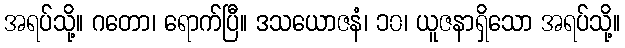
အရပ်သို့။ ဂတော၊ ရောက်ပြီ။ ဒသယောဇနံ၊ ၁၀၊ ယူဇနာရှိသော အရပ်သို့။